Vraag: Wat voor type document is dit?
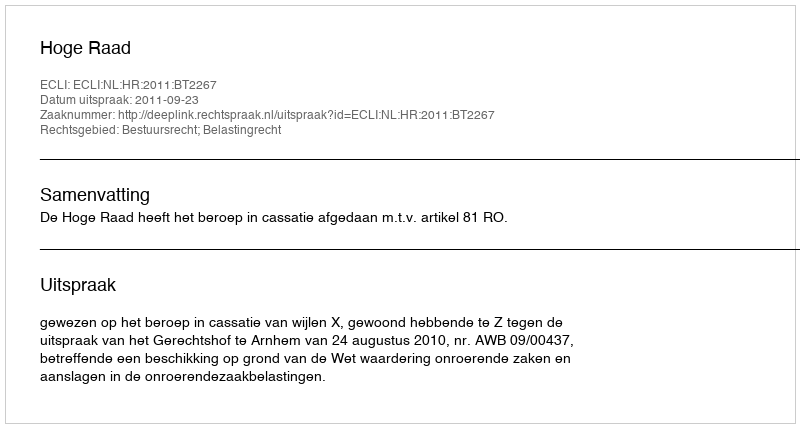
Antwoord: Uitspraak